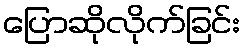
ပြောဆိုလိုက်ခြင်း